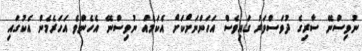
ނުވިސްނޭ ސާރިގެ ދުވަސްވަރު ގައިވެސް އަހަންނަށްކަށް އެކަމެއް ނުވިސްނޭ އެހެންވެ އަހަރެމެން އެކުގައި